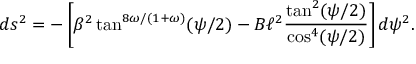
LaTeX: d s ^ { 2 } = - \left[ \beta ^ { 2 } \tan ^ { 8 \omega / ( 1 + \omega ) } ( \psi / 2 ) - B \ell ^ { 2 } \frac { \tan ^ { 2 } ( \psi / 2 ) } { \cos ^ { 4 } ( \psi / 2 ) } \right] d \psi ^ { 2 } .